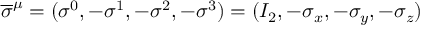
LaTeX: { \overline { { \sigma } } } ^ { \mu } = ( \sigma ^ { 0 } , - \sigma ^ { 1 } , - \sigma ^ { 2 } , - \sigma ^ { 3 } ) = ( I _ { 2 } , - \sigma _ { x } , - \sigma _ { y } , - \sigma _ { z } )